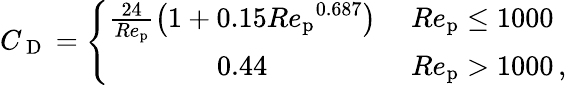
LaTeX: {C_{\mathrm{~D~}}}=\left\{ \begin{array}{cl}{\frac{24}{Re_{\mathrm{p}}}\left(1+0.15{Re_{\mathrm{p}}}^{0.687}\right)}&{\ Re_{\mathrm{p}}\leq 1000}\\ {0.44}&{\ Re_{\mathrm{p}}>1000\, ,}\end{array}\right.